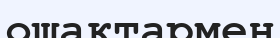
ошақтармен